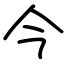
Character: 今